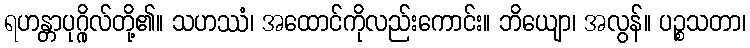
ရဟန္တာပုဂ္ဂိုလ်တို့၏။ သဟဿံ၊ အထောင်ကိုလည်းကောင်း။ ဘိယျော၊ အလွန်။ ပဉ္စသတာ၊